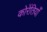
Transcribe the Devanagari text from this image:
कोरेंतियाँ